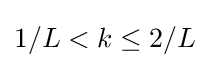
1/L<k\leq 2/L